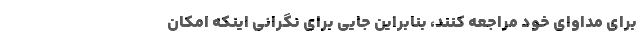
برای مداوای خود مراجعه کنند، بنابراین جایی برای نگرانی اینکه امکان